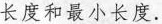
长度和最小长度.